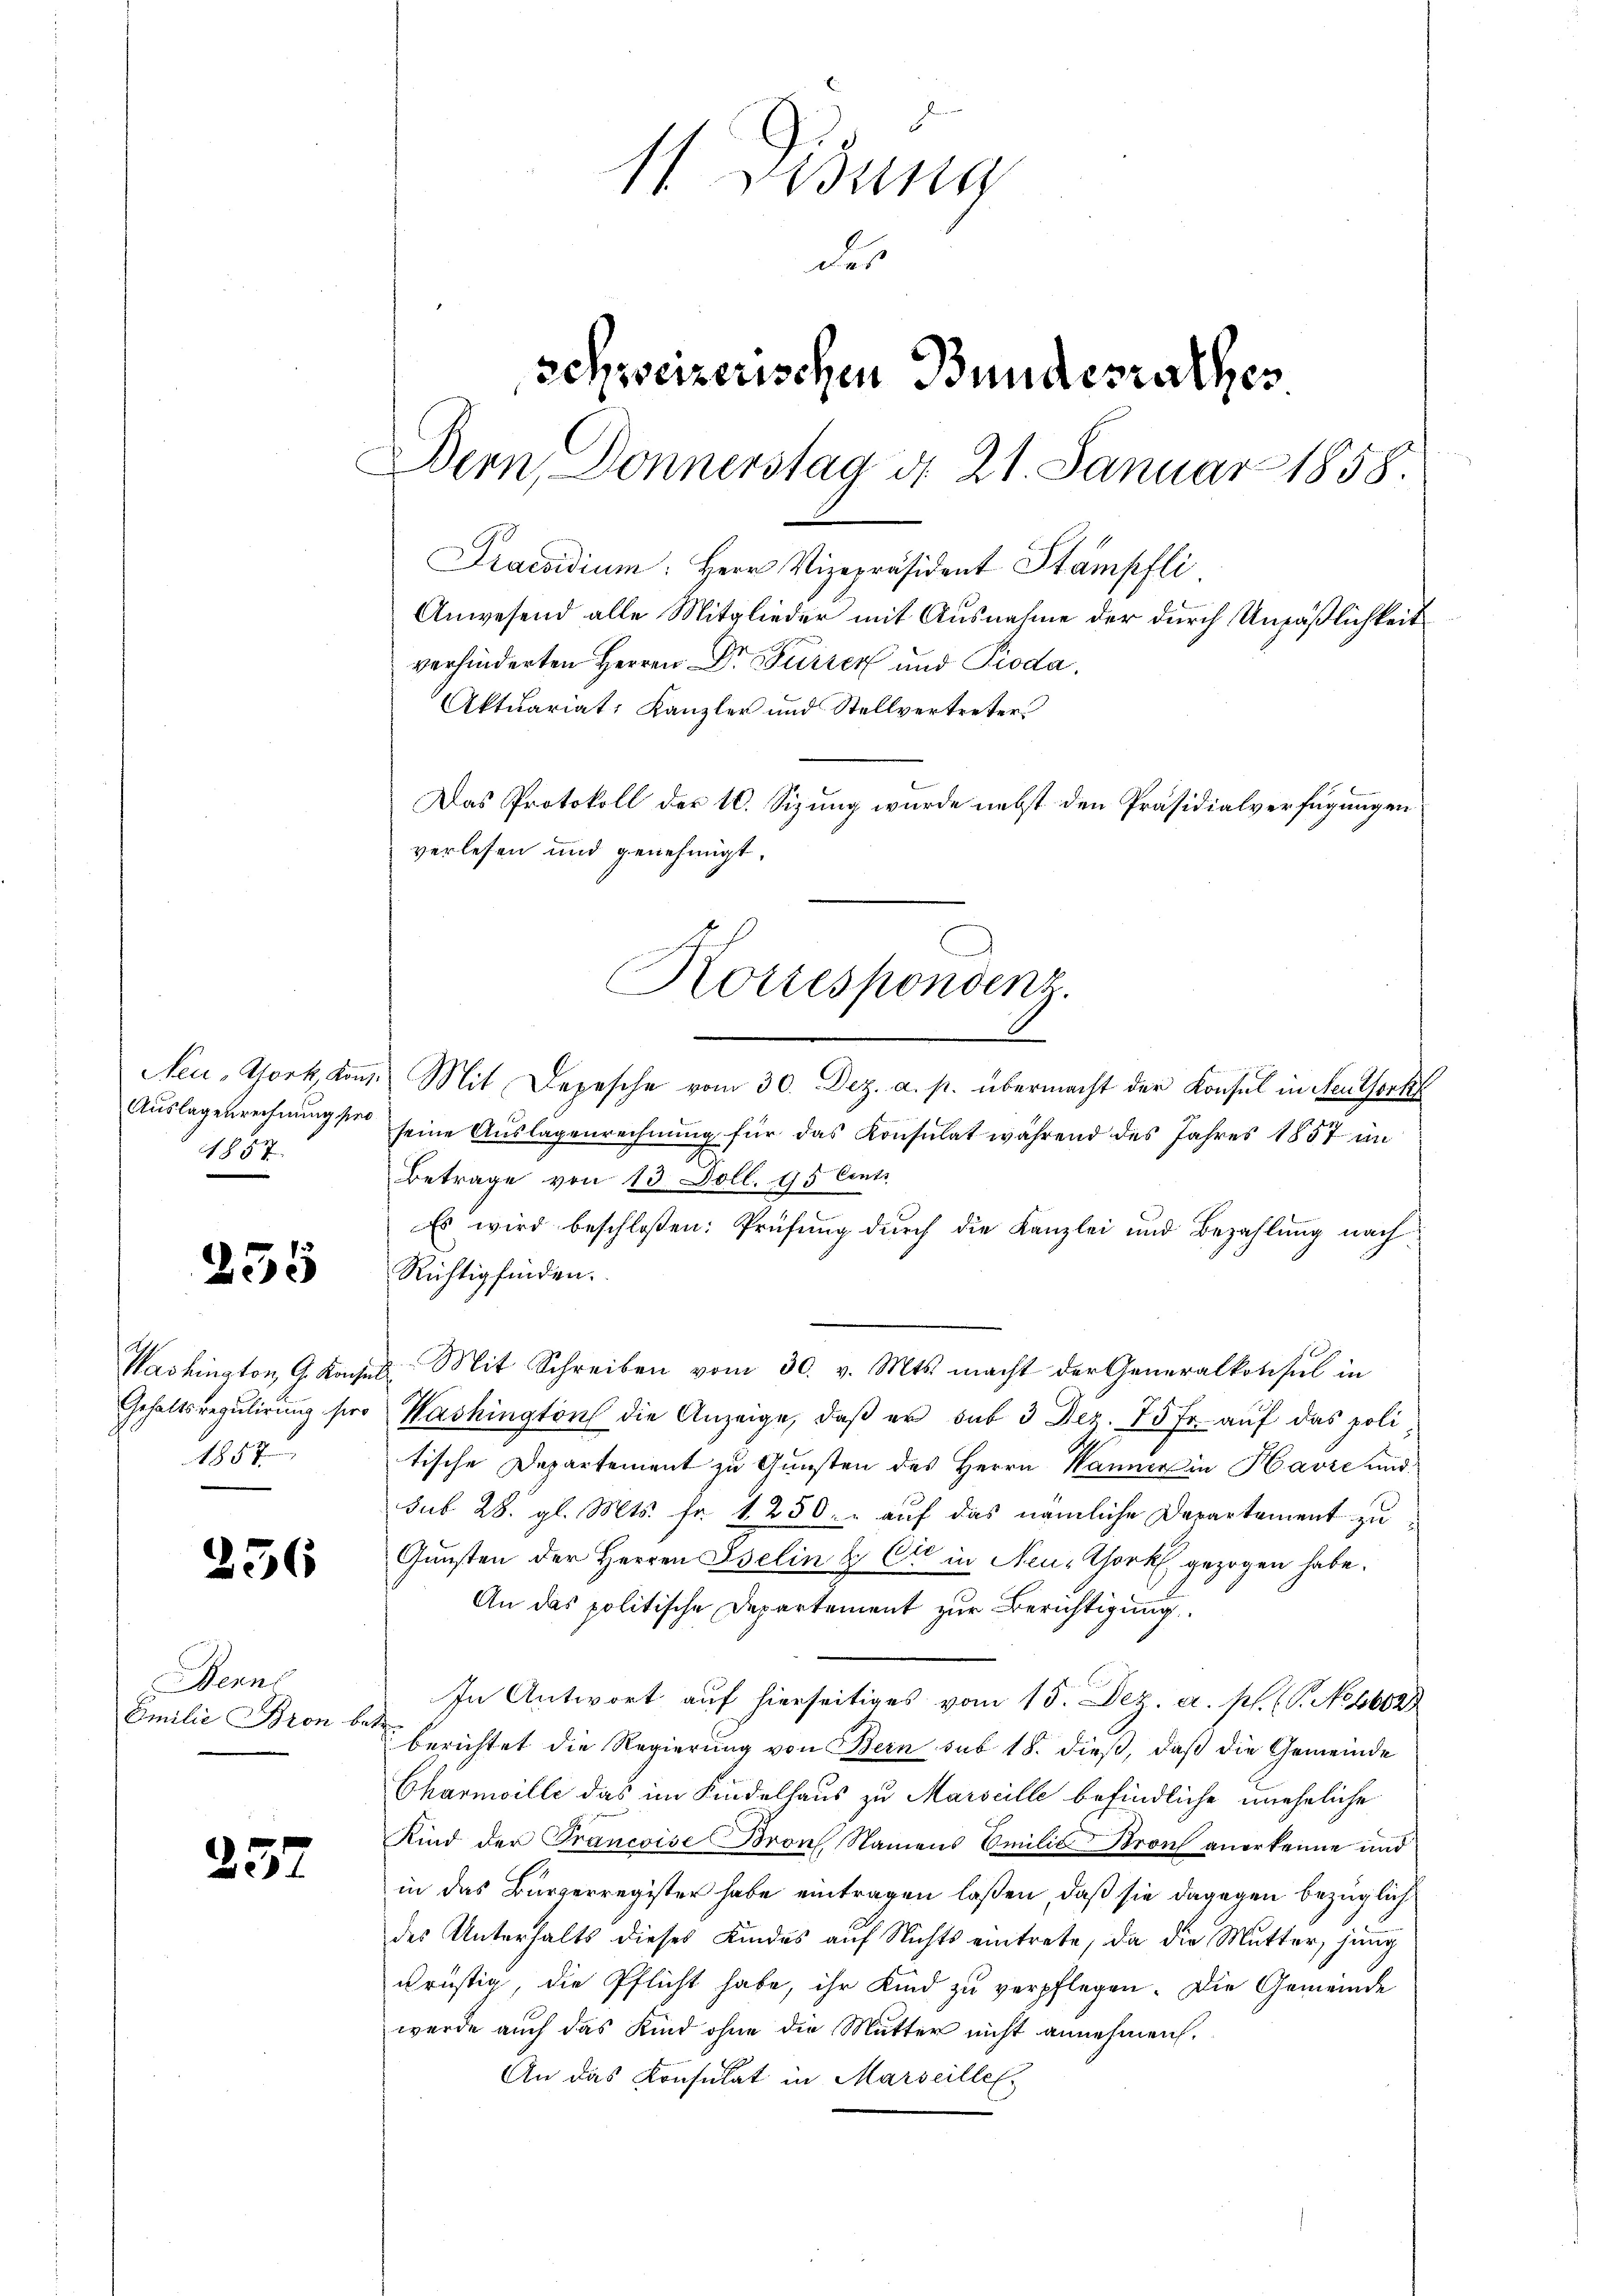
1857.

255

1857.

256

Berns
Emilie Bron b

257

11 Didung
des
schweizerischen Bundesrathes
Bern, Donnerstag d. 21. Januar 1858.
Praesidium. Herr Vizepräsident Stampfli
Anwesend alle Mitglieder mit Ausnahme der durch Unpäßlichkeit
verhinderten Herren Dr. Furrer und Pioda.
Aktuariat Kanzler und Stellvertreter
Das Protokoll der 10. Sizung wurde nebst den Präsidialverfügungen
verlesen und genehmigt.

Korrespondenz.

Neu-York, Kon. Mit Depesche vom 30. Dez. a. p. übermacht der Konsul in Neuthork
Auslagenrechnung sie seine Auslagenrechnung für das Konsulat während des Jahres 1857 im
Betrage von 13 Poll. 95 Centr
Es wird beschloßen: Prüfung durch die Kanzlei und Bezahlung nach
Richtig finden.
Washington G. Konsul Mit Schreiben vom 30. v. Mts. macht der Generalkonsul in
Gehaltsregulirung her Washington die Anzeige, daβ er sub 3 Dez. 75 fr. aŭf das politische Departement zu Gunsten des Herrn Kammer in Havre und
sub 28. gl. Mts. fr. 1250. - auf das nämliche Departement zu
Gunsten der Herren Iselin & Cie in Neue Thort gezogen habe.
An das politische Departement zur Berichtigung
In Antwort auf hierseitiges vom 15. Dez. a. p. (T. No 1602
e
berichtet die Regierung von Bern sub 18. dieß, daß die Gemeinde
Chármville das im Kindelhaus zu Marscille befindliche uneheliche
Kind der Francoise Bron, Namens Emilie Stron anerkenne und
in das Bürgerregister habe eintragen laßen, daß sie dagegen bezüglich
des Unterhalts dieses Kindes auf Nichts eintrete, da die Mutter, jung
krüstig, die Pflicht habe, ihr Kind zu verpflegen. Die Gemeinde
werde auch das Kind ohne die Mutter nicht annehmen.
An das Konsulat in Marseille